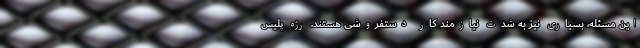
این مسئله، بسیاری نیز به شدت نیازمند کار دستفروشی هستند. رژه پلیس